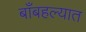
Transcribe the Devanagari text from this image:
बाँबहल्यात